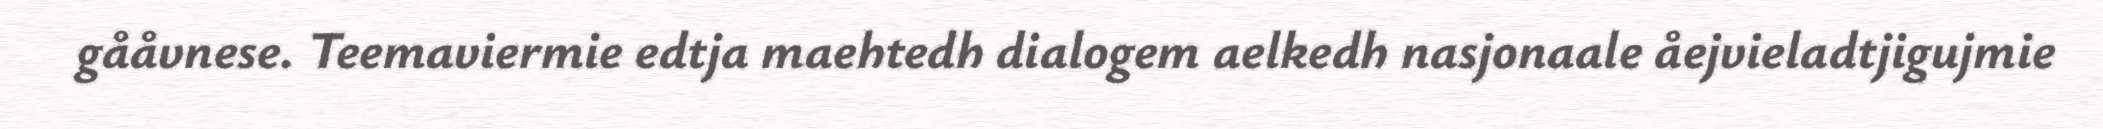
gååvnese. Teemaviermie edtja maehtedh dialogem aelkedh nasjonaale åejvieladtjigujmie